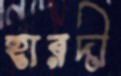
হারদী